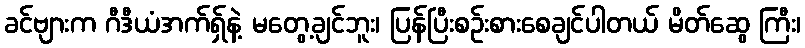
ခင်ဗျားက ဂီဒီယံအက်ရှ်နဲ့ မတွေ့ချင်ဘူး၊ ပြန်ပြီးစဉ်းစားစေချင်ပါတယ် မိတ်ဆွေ ကြီး၊